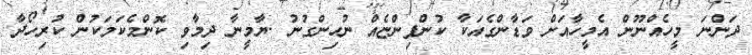
ދަންނަ މީހެއްނޫން އެމީހާއަށް ވަޑާންގެއަކާ ކުންފިންޏެއް ނުހިންގުނު .ޔާމީނާ ދިމާވި ކޮންމެކަމަކުން ކުރިހޯދާ